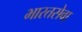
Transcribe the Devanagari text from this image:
भारतसेवा